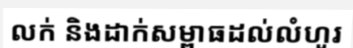
លក់ និងដាក់សម្ពាធដល់លំហូរ